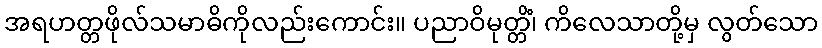
အရဟတ္တဖိုလ်သမာဓိကိုလည်းကောင်း။ ပညာဝိမုတ္တိံ၊ ကိလေသာတို့မှ လွတ်သော